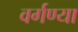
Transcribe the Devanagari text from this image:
वर्गण्या